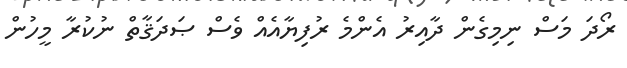
ރޯދަ މަސް ނިމިގެން ދާއިރު އެންމެ ރުފިޔާއެއް ވެސް ޞަދަޤާތް ނުކުރާ މީހުން